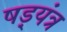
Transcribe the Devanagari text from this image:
षड़्यंत्र